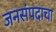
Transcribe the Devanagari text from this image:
जनसंपदाचा